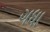
ગધા